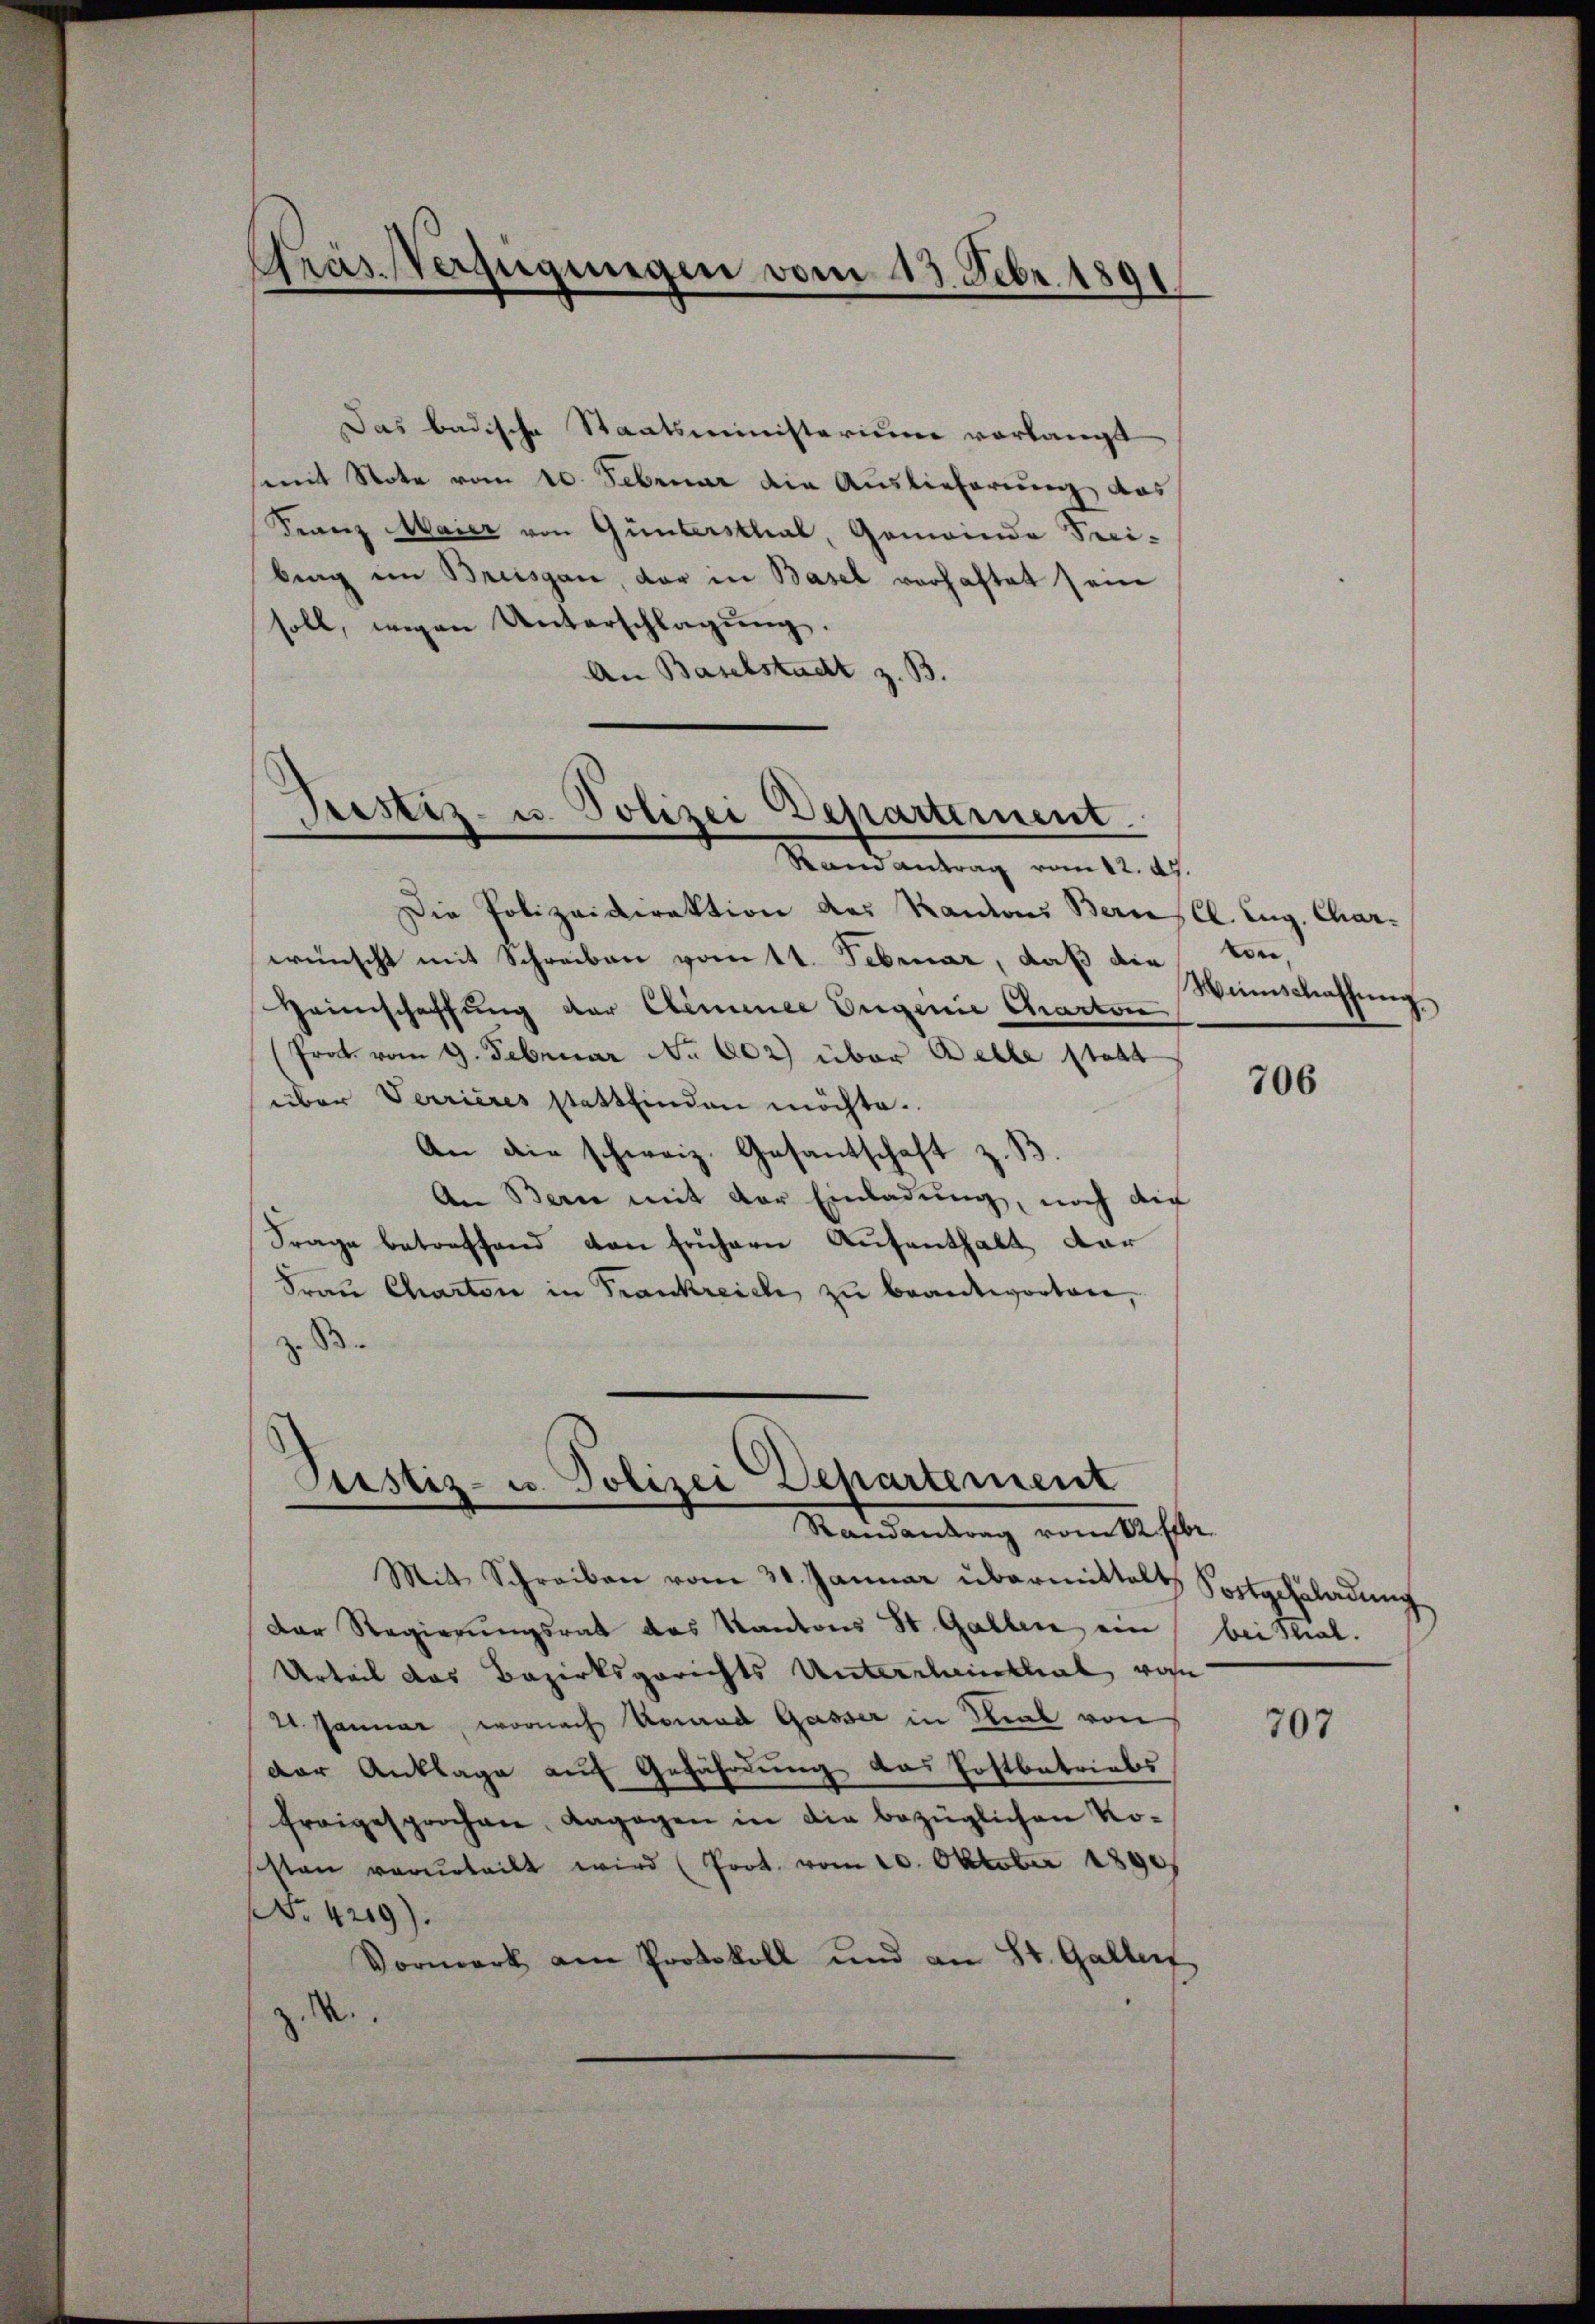
Gras Verfügungen vom 13. Febr. 1891

Stesetz- u. Polizei Departement

Justiz- u. Polizei-Departement
Mandankung vom Alte

Das badische Staatsministerium vorlangt
mit Note vom 10. Februar die Auslieferung das
Franz Maier von Güntersthal, Gemeinde Seei-
brag im Breisgau, der in Basel vorhaftet sein
soll, wegen Unterschlagung.
An Baselstadt z. B.
Randantrag vom 12. 47.
Die Polizeidirektion des Kantons Bern, Cl. Zug. Charwünscht mit Schreiben vom 11. Februar, daß die
Heinschaffung der Climmee Eugenie Charten
Prot vom 9. Februar No. 602) über Belle statt
über Verrieres stattfinden möchte.
An die schweiz. Gesantschaft z. B.
An Bern mit der Einladung, noch die
Frage betreffend den frühern Aufenthalt dar
Frau Charten in Trankreich zu beantworten,
z. B.

Mit Schreiben vom 31. Januar übermittelt,
Der Regierungsrat des Kantons St. Gallen ein
Urteil das Bezirksgerichts Unterscheinthal von
21. Januar, wornach Konrad Gasser in Real von
der Anklage auf Gefährdung das Postbetriebs
freigesprochen, dagegen in die bezüglichen Kossten verurteilt wird (Prot. vom 20. Oktober 1890
NNo. 429).
Vormerk am Protokoll und an St. Galler
z. R.

von,
Weinschaffung

706

Fortgehiladung
bei Stral.

707